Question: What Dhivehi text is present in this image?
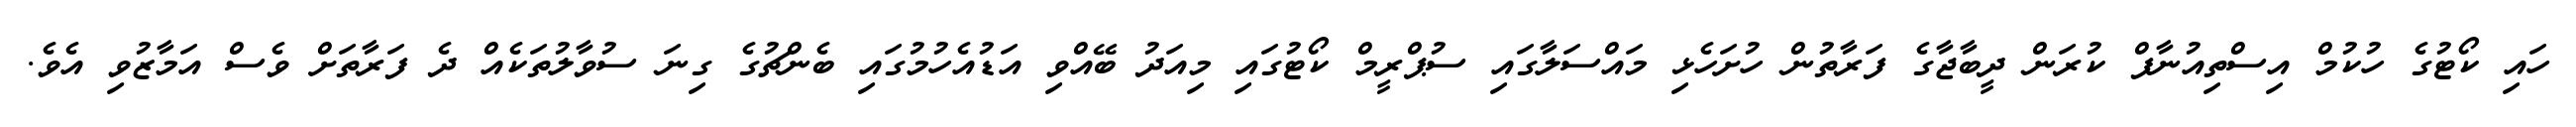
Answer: ހައި ކޯޓުގެ ހުކުމް އިސްތިއުނާފް ކުރަން ދީބާޖާގެ ފަރާތުން ހުށަހެޅި މައްސަލާގައި ސުޕްރީމް ކޯޓުގައި މިއަދު ބޭއްވި އަޑުއެހުމުގައި ބެންޗުގެ ގިނަ ސުވާލުތަކެއް ދެ ފަރާތަށް ވެސް އަމާޒުވި އެވެ.